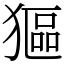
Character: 𤠾